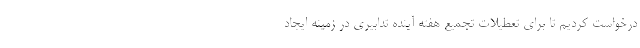
درخواست کردیم تا برای تعطیلات تجمیع هفته آینده تدابیری در زمینه ایجاد